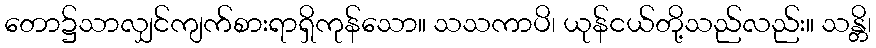
တော၌သာလျှင်ကျက်စားရာရှိကုန်သော။ သသကာပိ၊ ယုန်ငယ်တို့သည်လည်း။ သန္တိ၊